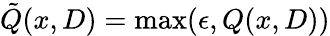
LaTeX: \tilde{Q}(x,D)=\operatorname*{max}(\epsilon,Q(x,D))